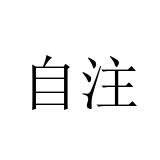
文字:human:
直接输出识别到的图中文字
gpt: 自注